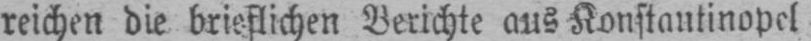
reichen die brieflichen Berichte aus Konstantinopel